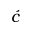
\acute { c }